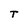
Character: T